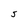
Character: S